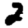
Digit: 2